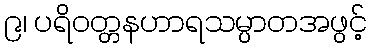
၉၊ ပရိဝတ္တနဟာရသမ္ပာတအဖွင့်